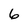
Character: 6